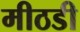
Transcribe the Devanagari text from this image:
मीठडी